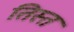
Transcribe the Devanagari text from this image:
तिस्‍त